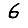
Digit: 6